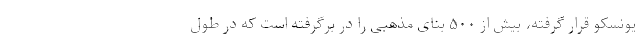
یونسکو قرار گرفته، بیش از ۵۰۰ بنای مذهبی را در برگرفته است که در طول